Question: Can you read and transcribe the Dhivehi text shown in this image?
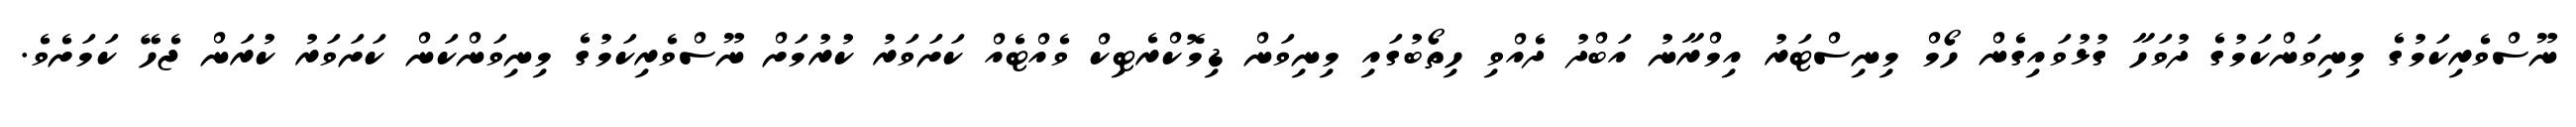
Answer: ނޫސްވެރިކަމުގެ މިނިވަންކަމުގެ ދުވަހާ ގުޅުވައިގެން ހޯމް މިނިސްޓަރު އިމްރާނު އަބްދު ދެއްވި ހިތޯބުގައި މިނިވަން ޑިމޮކްރެޓިކް ވެއްޓެއް ކަށަވަރު ކުރުމަށް ނޫސްވެރިކަމުގެ މިނިވަންކަން ކަށަވަރު ކުރަން ޖެހޭ ކަމަށެވެ.